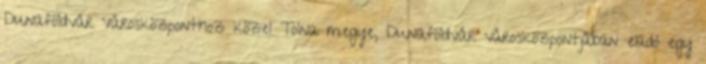
Dunaföldvár Városközponthoz közel Tolna megye, Dunaföldvár városközpontjában eladó egy